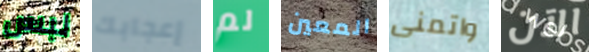
لبس إعجابك لم المعين واتمنى الآن